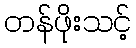
တန်ဖိုးသင့်